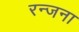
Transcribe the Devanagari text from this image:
रन्जना